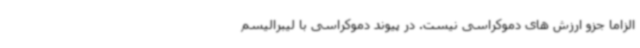
الزاما جزو ارزش های دموکراسی نیست. در پیوند دموکراسی با لیبرالیسم